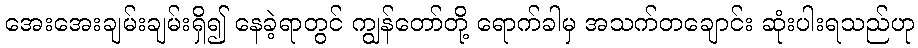
အေးအေးချမ်းချမ်းရှိ၍ နေခဲ့ရာတွင် ကျွန်တော်တို့ ရောက်ခါမှ အသက်တချောင်း ဆုံးပါးရသည်ဟု